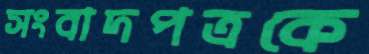
সংবাদপত্রকে